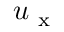
u _ { \mathrm { ~ x ~ } }